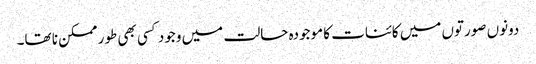
دونوں صورتوں میں کائنات کا موجودہ حالت میں وجود کسی بھی طور ممکن نا تھا۔